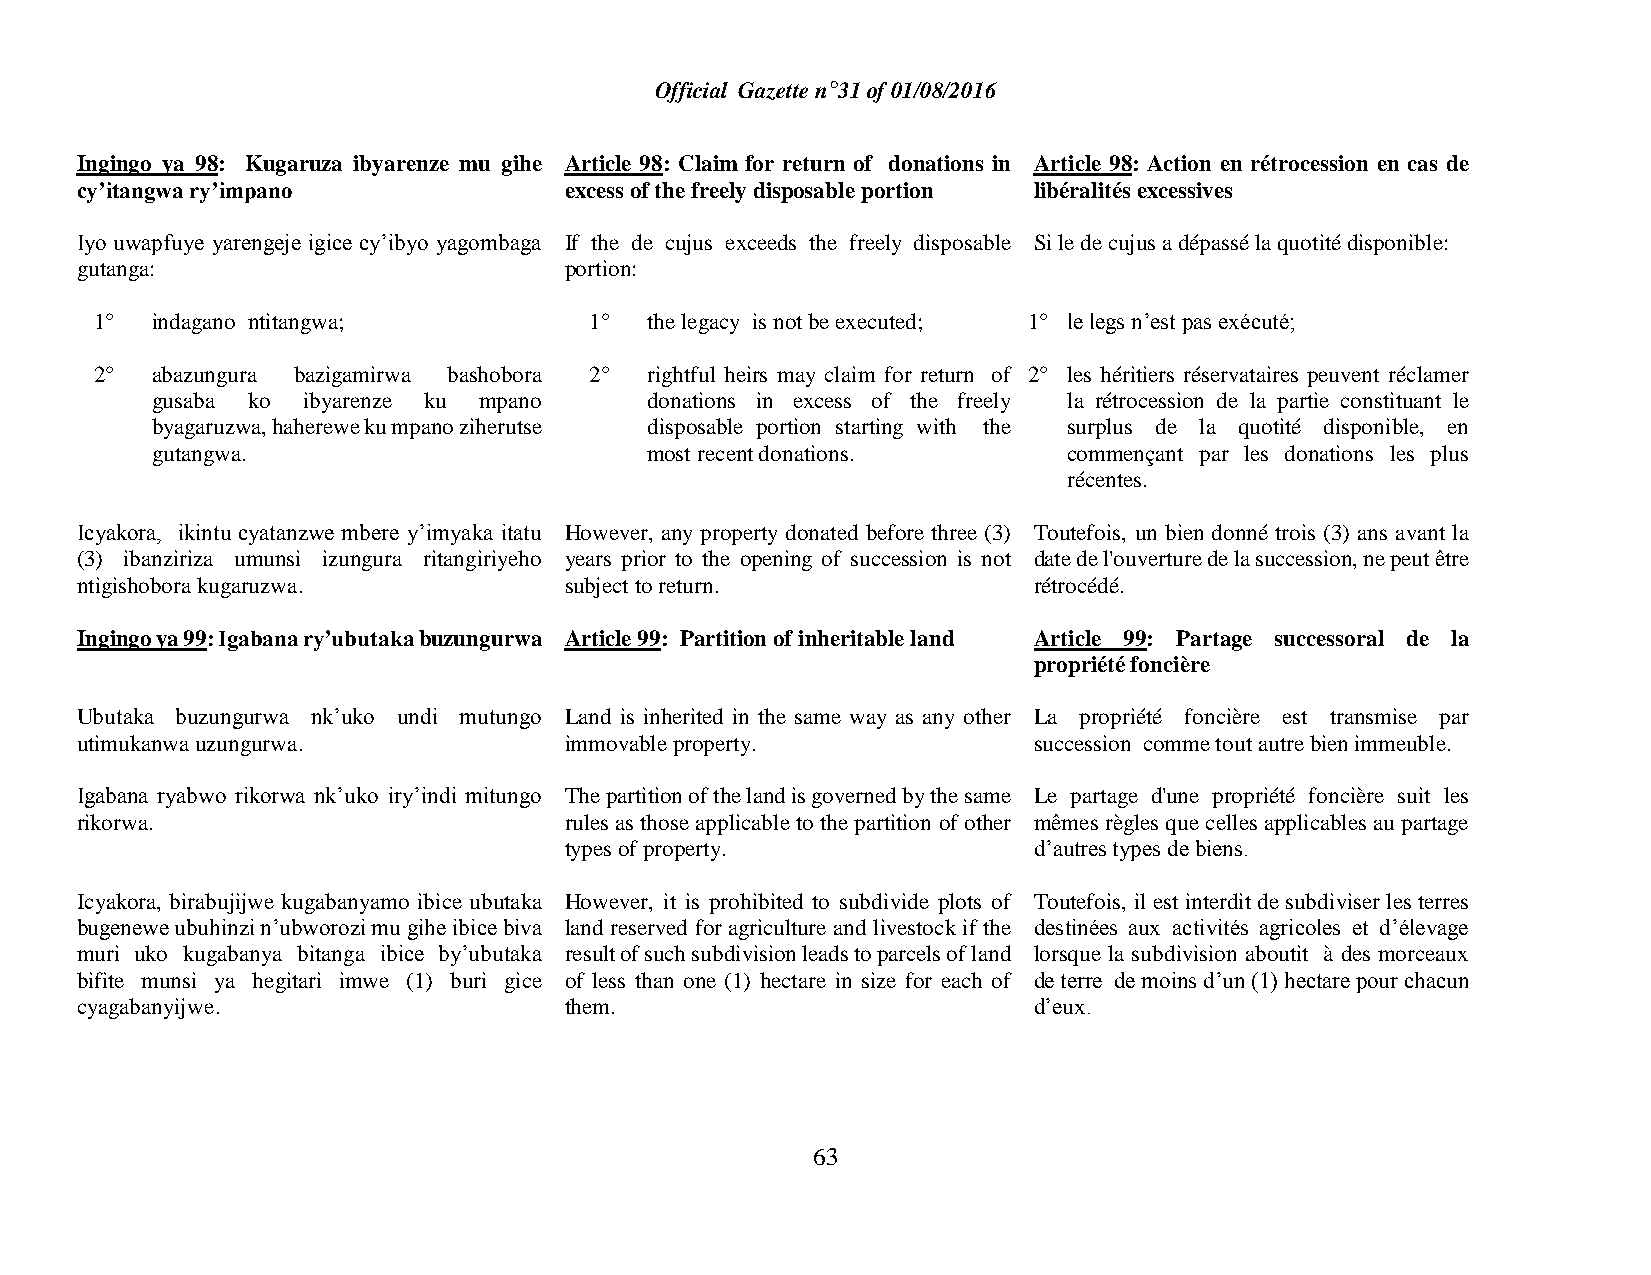
Official Gazette n°31 of 01/08/2016
 Ingingo ya 98: Kugaruza ibyarenze mu gihe Article 98: Claim for return of donations in Article 98: Action en rétrocession en cas de
 cy’itangwa ry’impano            excess of the freely disposable portion libéralités excessives
 Iyo uwapfuye yarengeje igice cy’ibyo yagombaga If the de cujus exceeds the freely disposable Si le de cujus a dépassé la quotité disponible:
 gutanga:                        portion:
 1°  indagano ntitangwa;          1°  the legacy is not be executed; 1° le legs n’est pas exécuté;
 2°  abazungura bazigamirwa bashobora 2° rightful heirs may claim for return of 2° les héritiers réservataires peuvent réclamer
 gusaba ko ibyarenze ku mpano     donations in excess of the freely la rétrocession de la partie constituant le
 byagaruzwa, haherewe ku mpano ziherutse disposable portion starting with the surplus de la quotité disponible, en
 gutangwa.                        most recent donations.      commençant par les donations les plus
 récentes.
 Icyakora, ikintu cyatanzwe mbere y’imyaka itatu However, any property donated before three (3) Toutefois, un bien donné trois (3) ans avant la
 (3) ibanziriza umunsi izungura ritangiriyeho years prior to the opening of succession is not date de l'ouverture de la succession, ne peut être
 ntigishobora kugaruzwa.         subject to return.             rétrocédé.
 Ingingo ya 99: Igabana ry’ubutaka buzungurwa Article 99: Partition of inheritable land Article 99: Partage successoral de la
 propriété foncière
 Ubutaka buzungurwa nk’uko undi mutungo Land is inherited in the same way as any other La propriété foncière est transmise par
 utimukanwa uzungurwa.           immovable property.            succession comme tout autre bien immeuble.
 Igabana ryabwo rikorwa nk’uko iry’indi mitungo The partition of the land is governed by the same Le partage d'une propriété foncière suit les
 rikorwa.                        rules as those applicable to the partition of other mêmes règles que celles applicables au partage
 types of property.             d’autres types de biens.
 Icyakora, birabujijwe kugabanyamo ibice ubutaka However, it is prohibited to subdivide plots of Toutefois, il est interdit de subdiviser les terres
 bugenewe ubuhinzi n’ubworozi mu gihe ibice biva land reserved for agriculture and livestock if the destinées aux activités agricoles et d’élevage
 muri uko kugabanya bitanga ibice by’ubutaka result of such subdivision leads to parcels of land lorsque la subdivision aboutit à des morceaux
 bifite munsi ya hegitari imwe (1) buri gice of less than one (1) hectare in size for each of de terre de moins d’un (1) hectare pour chacun
 cyagabanyijwe.                  them.                          d’eux.
 63